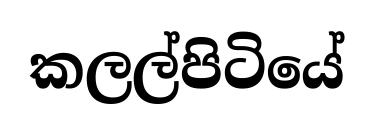
කලල්පිටියේ